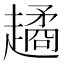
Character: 𧽻